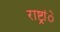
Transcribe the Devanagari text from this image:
राष्ट्रांे